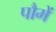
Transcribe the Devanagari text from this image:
पौमें